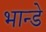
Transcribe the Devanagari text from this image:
भान्डे